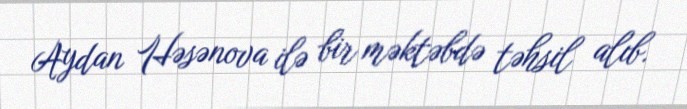
Aydan Həsənova ilə bir məktəbdə təhsil alıb.